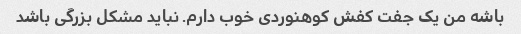
باشه من یک جفت کفش کوهنوردی خوب دارم. نباید مشکل بزرگی باشد